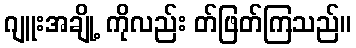
ဂျူးအချို့ ကိုလည်း တ်ဖြတ်ကြသည်။